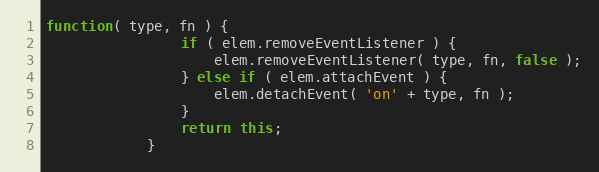
Language: JavaScript
function( type, fn ) {
                if ( elem.removeEventListener ) {
                    elem.removeEventListener( type, fn, false );
                } else if ( elem.attachEvent ) {
                    elem.detachEvent( 'on' + type, fn );
                }
                return this;
            }